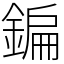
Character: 鍽